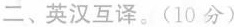
二、英汉互译。(10 分)